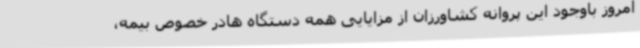
امروز باوجود این پروانه کشاورزان از مزایایی همه دستگاه هادر خصوص بیمه،